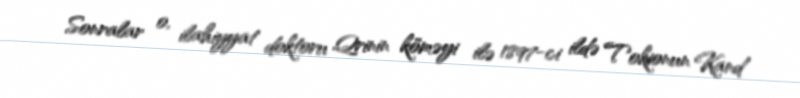
Sonralar o, ilahiyyat doktoru Qrinin köməyi ilə 1897-ci ildə Tokionun Kand